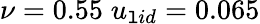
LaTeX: \nu=0.55\; u_{\mathtt{l}id}=0.065